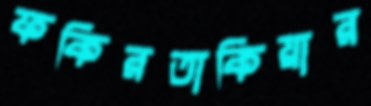
ফকিরতাকিয়ার